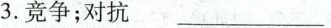
3.竞争；对抗 ___